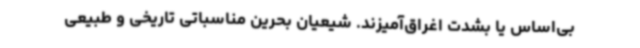
بی‌اساس یا بشدت اغراق‌آمیزند. شیعیان بحرین مناسباتی تاریخی و طبیعی